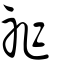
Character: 祚